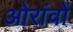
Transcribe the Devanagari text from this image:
ओरांवों